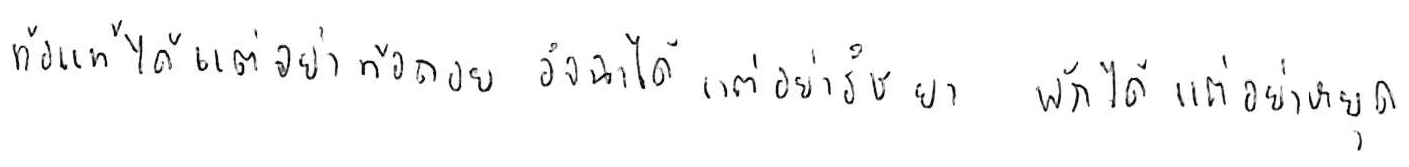
ท้อแท้ได้ แต่อย่าท้อถอย อิจฉาได้ แต่อย่าริษยา พักได้ แต่อย่าหยุด